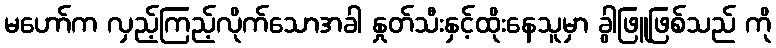
မဟော်က လှည့်ကြည့်လိုက်သောအခါ နှုတ်သီးနှင့်ထိုးနေသူမှာ ခွါဖြူဖြစ်သည် ကို